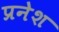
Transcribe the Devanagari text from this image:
प्रनेश